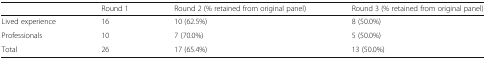
|  | Round 1 | Round 2 (% retained from original panel) | Round 3 (% retained from original panel) |
 | --- | --- | --- | --- |
 | Lived experience | 16 | 10 (62.5%) | 8 (50.0%) |
 | Professionals | 10 | 7 (70.0%) | 5 (50.0%) |
 | Total | 26 | 17 (65.4%) | 13 (50.0%) |